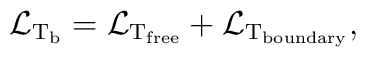
{\cal L}_{\rm T_{\rm b}} = {\cal L}_{\rm T_{\rm free}} + {\cal L}_{\rm T_{\rm boundary}},